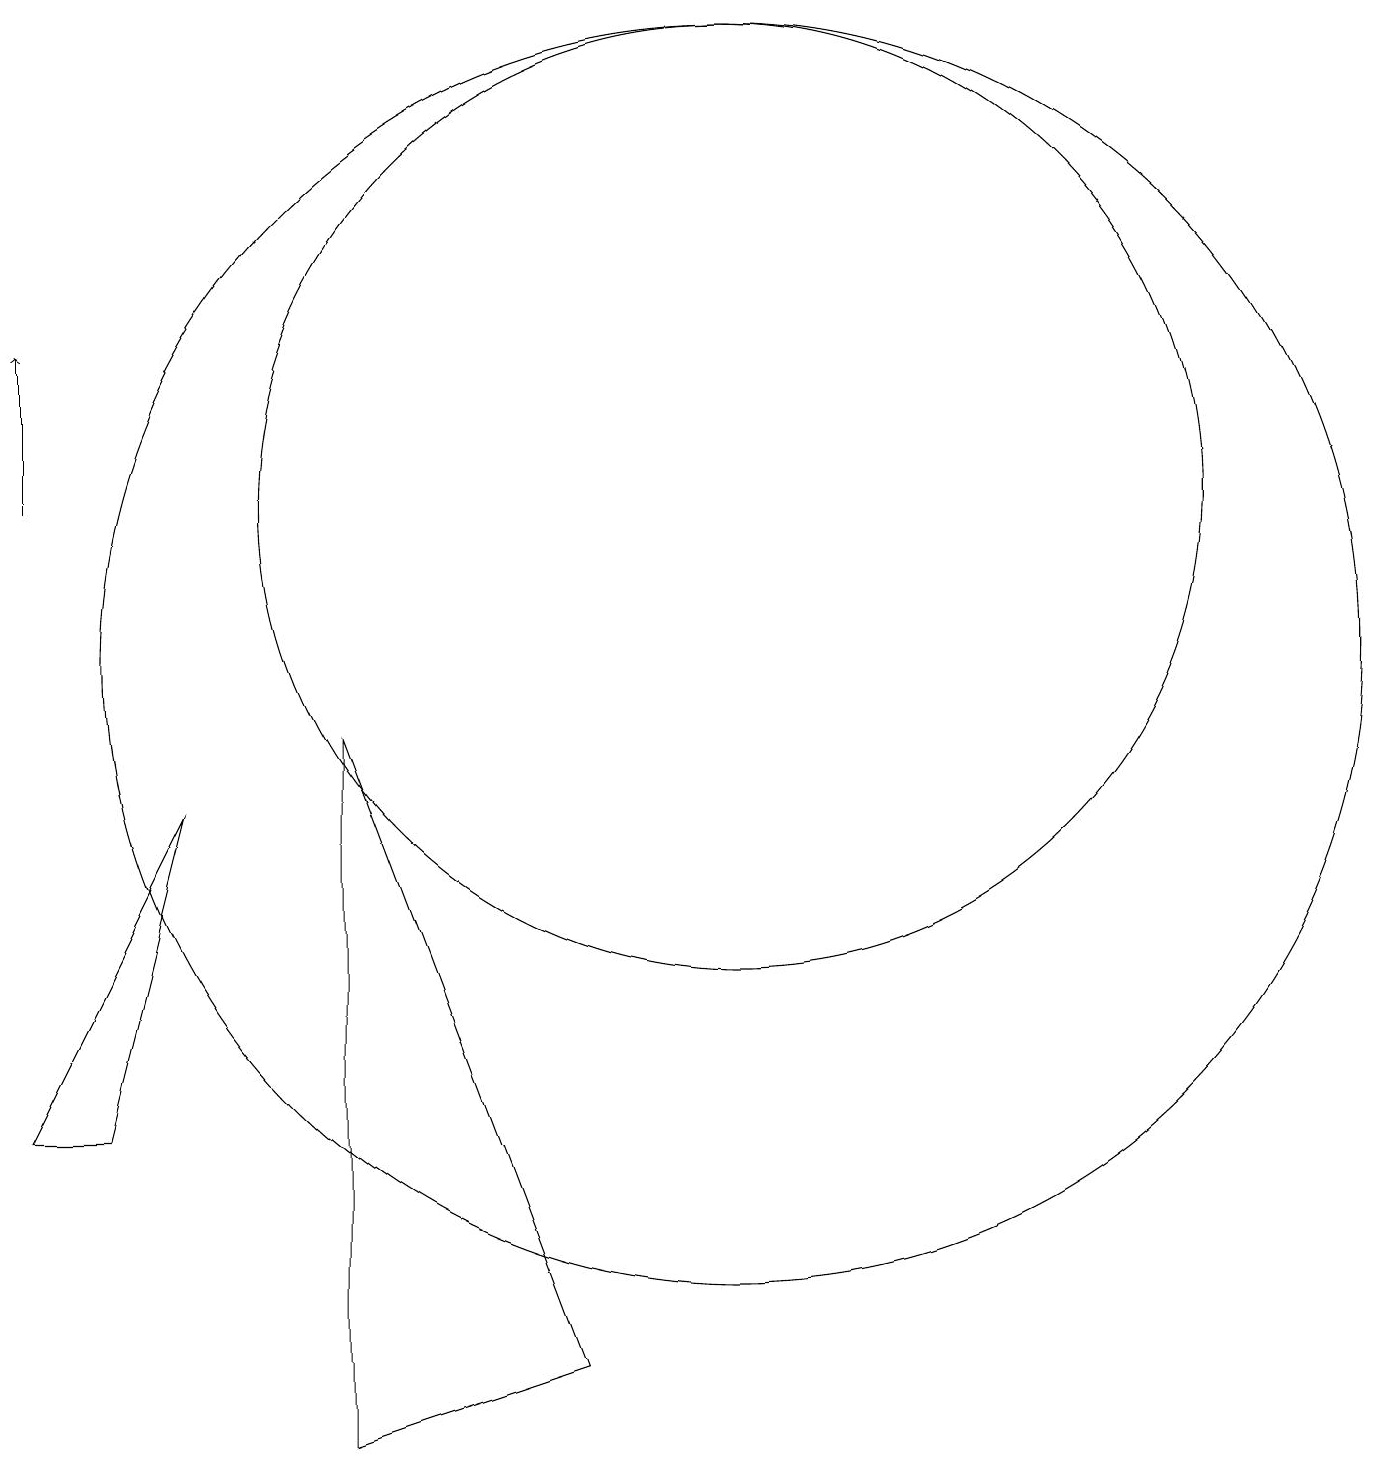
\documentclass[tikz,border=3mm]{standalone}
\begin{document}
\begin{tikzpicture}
\draw (9,1) -- (6,9) -- (6,0) -- cycle;
\draw (12,11) circle (0);
\draw (4,8) -- (3,4) -- (2,4) -- cycle;
\draw[->] (2,12) -- (2,14);
\draw (11,10) circle (8);
\draw (11,12) circle (6);
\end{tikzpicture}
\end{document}